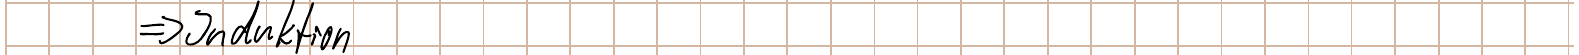
=> Induktion